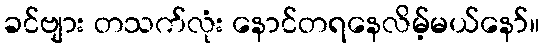
ခင်ဗျား တသက်လုံး နောင်တရနေလိမ့်မယ်နော်။